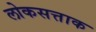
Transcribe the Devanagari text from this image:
लोकसत्ताक